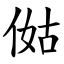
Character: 㑬